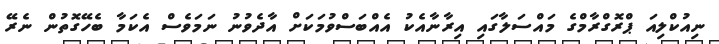
ނިއުކްލިއަ ޕްރޮގްރާމްގެ މައްސަލާގައި އިރާނާއެކު އެއްބަސްވުމަކަށް އާދެވުނު ނަމަވެސް އެކަމާ ބެހޭގޮތުން ނެރޭ